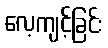
လေ့ကျင့်ခြင်း